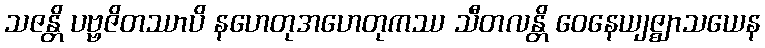
သဇန္တိ ပဗ္ဗဇိတဿာပိ နဟေတုအဟေတုကဿ သီတလန္တိ ဝေနေယျဇ္ဈာသယေန